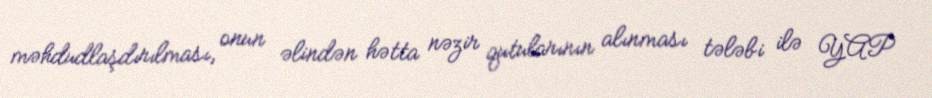
məhdudlaşdırılması, onun əlindən hətta nəzir qutularının alınması tələbi ilə YAP